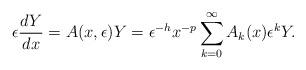
LaTeX: \begin{align*}\epsilon \frac{dY}{dx} = A(x, \epsilon) Y = \epsilon^{- h} x^{- p} \sum_{k=0}^{\infty} A_k(x) {\epsilon}^k Y.\end{align*}